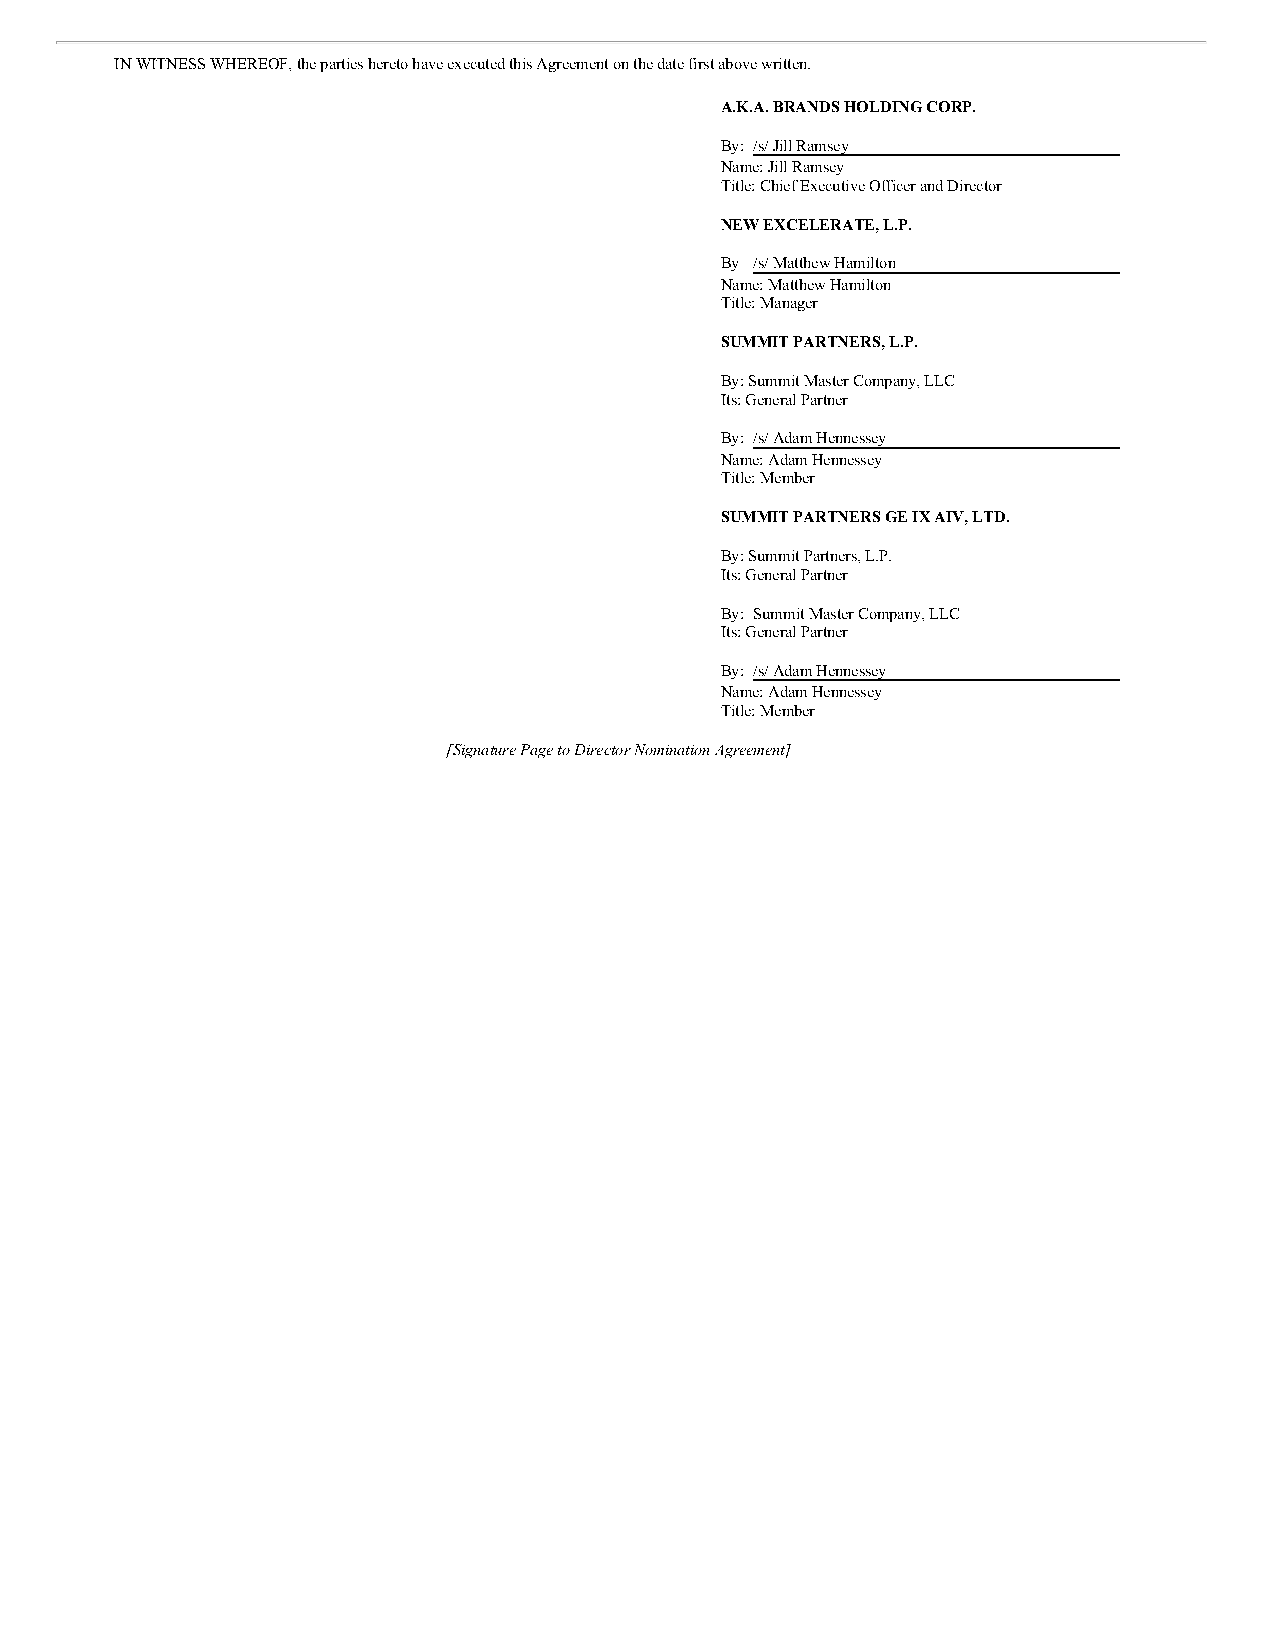
IN WITNESS WHEREOF, the parties hereto have executed this Agreement on the date first above written.
 A.K.A. BRANDS HOLDING CORP.
 By: /s/ Jill Ramsey
 Name: Jill Ramsey
 Title: Chief Executive Officer and Director
 NEW EXCELERATE, L.P.
 By /s/ Matthew Hamilton
 Name: Matthew Hamilton
 Title: Manager
 SUMMIT PARTNERS, L.P.
 By: Summit Master Company, LLC
 Its: General Partner
 By: /s/ Adam Hennessey
 Name: Adam Hennessey
 Title: Member
 SUMMIT PARTNERS GE IX AIV, LTD.
 By: Summit Partners, L.P.
 Its: General Partner
 By: Summit Master Company, LLC
 Its: General Partner
 By: /s/ Adam Hennessey
 Name: Adam Hennessey
 Title: Member
 [Signature Page to Director Nomination Agreement]